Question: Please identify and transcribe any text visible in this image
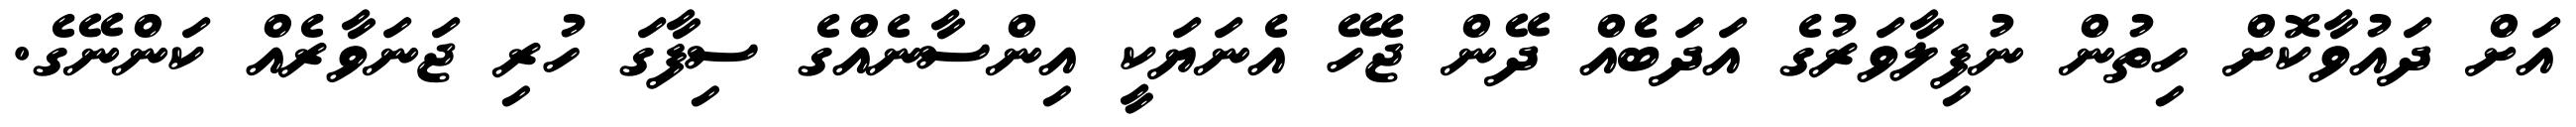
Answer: އަށް ދައުވާކޮށް ހިތުން ނުފިލާވަރުގެ އަދަބެއް ދޭން ޖެހޭ އެނަޔަކީ އިންސާނެއްގެ ސިފާގަ ހުރި ޖަނަވާރެއް ކަންނޭގެ.